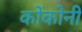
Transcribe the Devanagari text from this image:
कोंकोनी